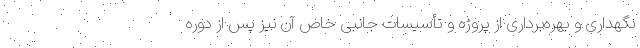
نگهداری و بهره‌برداری از پروژه و تأسیسات جانبی خاص آن نیز پس از دوره